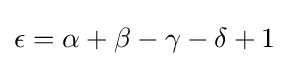
\epsilon =\alpha +\beta -\gamma -\delta +1